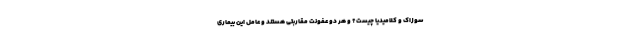
سوزاک و کلامیدیا چیست؟ و هر دو عفونت مقاربتی هستند و عامل این بیماری